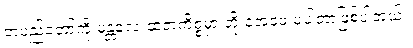
တပည့်တော်ကို မန္တလေးထဲ့တဲ့ကိစ္စမှာ ဘိုးနဲ့အဖေ မပါတာဖြစ်ပါတယ်။